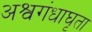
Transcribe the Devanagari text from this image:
अश्वगंधाघृता